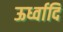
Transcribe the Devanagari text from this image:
ऊर्ध्वादि